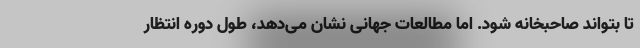
تا بتواند صاحبخانه شود. اما مطالعات جهانی نشان می‌دهد، طول دوره انتظار